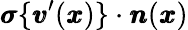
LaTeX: {\pmb\sigma}\{ {\pmb v}^{\prime}({\pmb x})\} \cdot{\pmb n}({\pmb x})